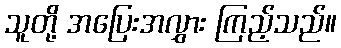
သူတို့ အပြေးအလွှား ကြည့်သည်။